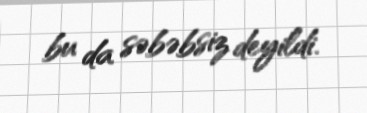
bu da səbəbsiz deyildi.